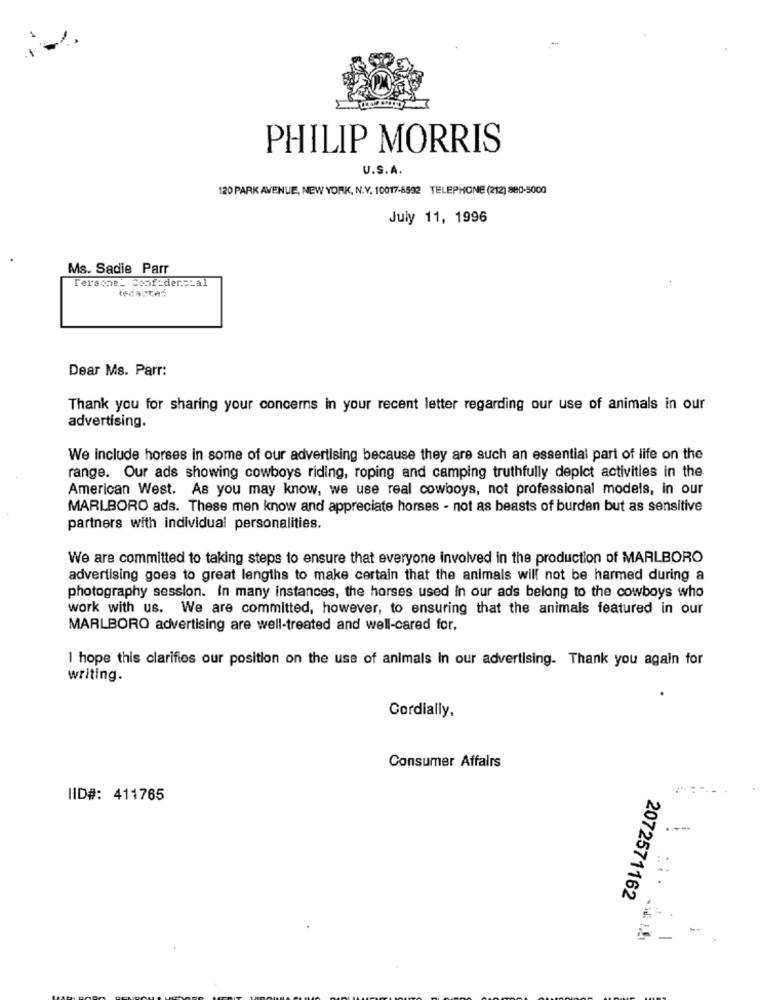
PHILIP MORRIS
U.S.A.
120 PARK AVENUE, NEW YORK, N.Y. 10017-8592 TELEPHONE (212) 880-5000
July 11, 1996
Ms. Sadie Parr
Persona- Conf-der .=_ al
tedacte:
Dear Ms. Parr:
Thank you for sharing your concerns in your recent letter regarding our use of animals in our
advertising.
We include horses in some of our advertising because they are such an essential part of life on the
range. Our ads showing cowboys riding, roping and camping truthfully depict activities in the
American West. As you may know, we use real cowboys, not professional models, in our
MARLBORO ads. These men know and appreciate horses - not as beasts of burden but as sensitive
partners with individual personalities.
We are committed to taking steps to ensure that everyone involved in the production of MARLBORO
advertising goes to great lengths to make certain that the animals will not be harmed during a
photography session. In many instances, the horses used In our ads belong to the cowboys who
work with us. We are committed, however, to ensuring that the animals featured in our
MARLBORO advertising are well-treated and well-cared for.
I hope this clarifies our position on the use of animals In our advertising. Thank you again for
writing.
Cordially,
Consumer Affairs
IID#: 411765
i.
2072571162
-